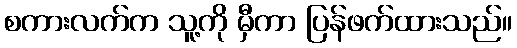
စကားလက်က သူ့ကို မှီကာ ပြန်ဖက်ထားသည်။